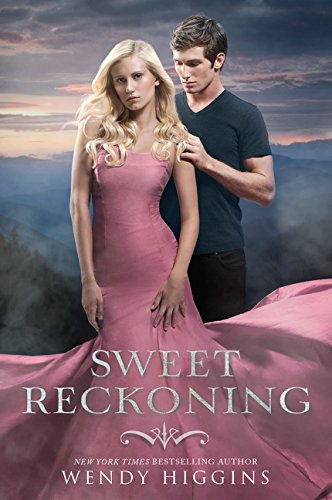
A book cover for Sweet Reckoning (Sweet Evil); Wendy Higgins; Teen & Young Adult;